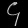
Digit: ၄